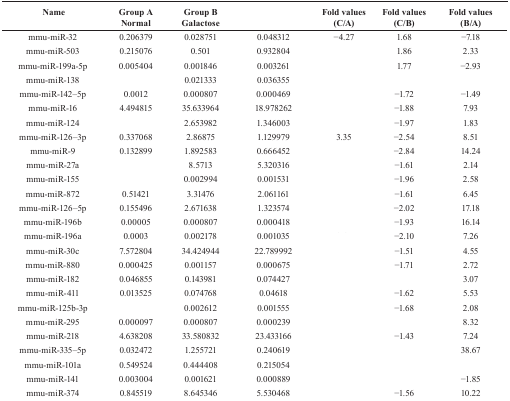
<table><thead><tr><td><b> Name</b></td><td><b>Group A Normal</b></td><td><b>Group B Galactose</b></td><td>[EMPTY_CELL]</td><td><b>Fold values (C/A)</b></td><td><b>Fold values (C/B)</b></td><td><b>Fold values (B/A)</b></td></tr></thead><tbody><tr><td>mmu-miR-32</td><td>0.206379</td><td>0.028751</td><td>0.048312</td><td>−4.27</td><td>1.68</td><td>−7.18</td></tr><tr><td>mmu-miR-503</td><td>0.215076</td><td>0.501</td><td>0.932804</td><td>[EMPTY_CELL]</td><td>1.86</td><td>2.33</td></tr><tr><td>mmu-miR-199a-5p</td><td>0.005404</td><td>0.001846</td><td>0.003261</td><td>[EMPTY_CELL]</td><td>1.77</td><td>−2.93</td></tr><tr><td>mmu-miR-138</td><td>[EMPTY_CELL]</td><td>0.021333</td><td>0.036355</td><td>[EMPTY_CELL]</td><td>[EMPTY_CELL]</td><td>[EMPTY_CELL]</td></tr><tr><td>mmu-miR-142–5p</td><td>0.0012</td><td>0.000807</td><td>0.000469</td><td>[EMPTY_CELL]</td><td>−1.72</td><td>−1.49</td></tr><tr><td>mmu-miR-16</td><td>4.494815</td><td>35.633964</td><td>18.978262</td><td>[EMPTY_CELL]</td><td>−1.88</td><td>7.93</td></tr><tr><td>mmu-miR-124</td><td>[EMPTY_CELL]</td><td>2.653982</td><td>1.346003</td><td>[EMPTY_CELL]</td><td>−1.97</td><td>1.83</td></tr><tr><td>mmu-miR-126–3p</td><td>0.337068</td><td>2.86875</td><td>1.129979</td><td>3.35</td><td>−2.54</td><td>8.51</td></tr><tr><td>mmu-miR-9</td><td>0.132899</td><td>1.892583</td><td>0.666452</td><td>[EMPTY_CELL]</td><td>−2.84</td><td>14.24</td></tr><tr><td>mmu-miR-27a</td><td>[EMPTY_CELL]</td><td>8.5713</td><td>5.320316</td><td>[EMPTY_CELL]</td><td>−1.61</td><td>2.14</td></tr><tr><td>mmu-miR-155</td><td>[EMPTY_CELL]</td><td>0.002994</td><td>0.001531</td><td>[EMPTY_CELL]</td><td>−1.96</td><td>2.58</td></tr><tr><td>mmu-miR-872</td><td>0.51421</td><td>3.31476</td><td>2.061161</td><td>[EMPTY_CELL]</td><td>−1.61</td><td>6.45</td></tr><tr><td>mmu-miR-126–5p</td><td>0.155496</td><td>2.671638</td><td>1.323574</td><td>[EMPTY_CELL]</td><td>−2.02</td><td>17.18</td></tr><tr><td>mmu-miR-196b</td><td>0.00005</td><td>0.000807</td><td>0.000418</td><td>[EMPTY_CELL]</td><td>−1.93</td><td>16.14</td></tr><tr><td>mmu-miR-196a</td><td>0.0003</td><td>0.002178</td><td>0.001035</td><td>[EMPTY_CELL]</td><td>−2.10</td><td>7.26</td></tr><tr><td>mmu-miR-30c</td><td>7.572804</td><td>34.424944</td><td>22.789992</td><td>[EMPTY_CELL]</td><td>−1.51</td><td>4.55</td></tr><tr><td>mmu-miR-880</td><td>0.000425</td><td>0.001157</td><td>0.000675</td><td>[EMPTY_CELL]</td><td>−1.71</td><td>2.72</td></tr><tr><td>mmu-miR-182</td><td>0.046855</td><td>0.143981</td><td>0.074427</td><td>[EMPTY_CELL]</td><td>[EMPTY_CELL]</td><td>3.07</td></tr><tr><td>mmu-miR-411</td><td>0.013525</td><td>0.074768</td><td>0.04618</td><td>[EMPTY_CELL]</td><td>−1.62</td><td>5.53</td></tr><tr><td>mmu-miR-125b-3p</td><td>[EMPTY_CELL]</td><td>0.002612</td><td>0.001555</td><td>[EMPTY_CELL]</td><td>−1.68</td><td>2.08</td></tr><tr><td>mmu-miR-295</td><td>0.000097</td><td>0.000807</td><td>0.000239</td><td>[EMPTY_CELL]</td><td>[EMPTY_CELL]</td><td>8.32</td></tr><tr><td>mmu-miR-218</td><td>4.638208</td><td>33.580832</td><td>23.433166</td><td>[EMPTY_CELL]</td><td>−1.43</td><td>7.24</td></tr><tr><td>mmu-miR-335–5p</td><td>0.032472</td><td>1.255721</td><td>0.240619</td><td>[EMPTY_CELL]</td><td>[EMPTY_CELL]</td><td>38.67</td></tr><tr><td>mmu-miR-101a</td><td>0.549524</td><td>0.444408</td><td>0.215054</td><td>[EMPTY_CELL]</td><td>[EMPTY_CELL]</td><td>[EMPTY_CELL]</td></tr><tr><td>mmu-miR-141</td><td>0.003004</td><td>0.001621</td><td>0.000889</td><td>[EMPTY_CELL]</td><td>[EMPTY_CELL]</td><td>−1.85</td></tr><tr><td>mmu-miR-374</td><td>0.845519</td><td>8.645346</td><td>5.530468</td><td>[EMPTY_CELL]</td><td>−1.56</td><td>10.22</td></tr></tbody></table>